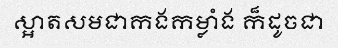
ស្អាតសមជាកងកម្លាំង ក៏ដូចជា